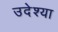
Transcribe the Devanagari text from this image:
उदेश्या